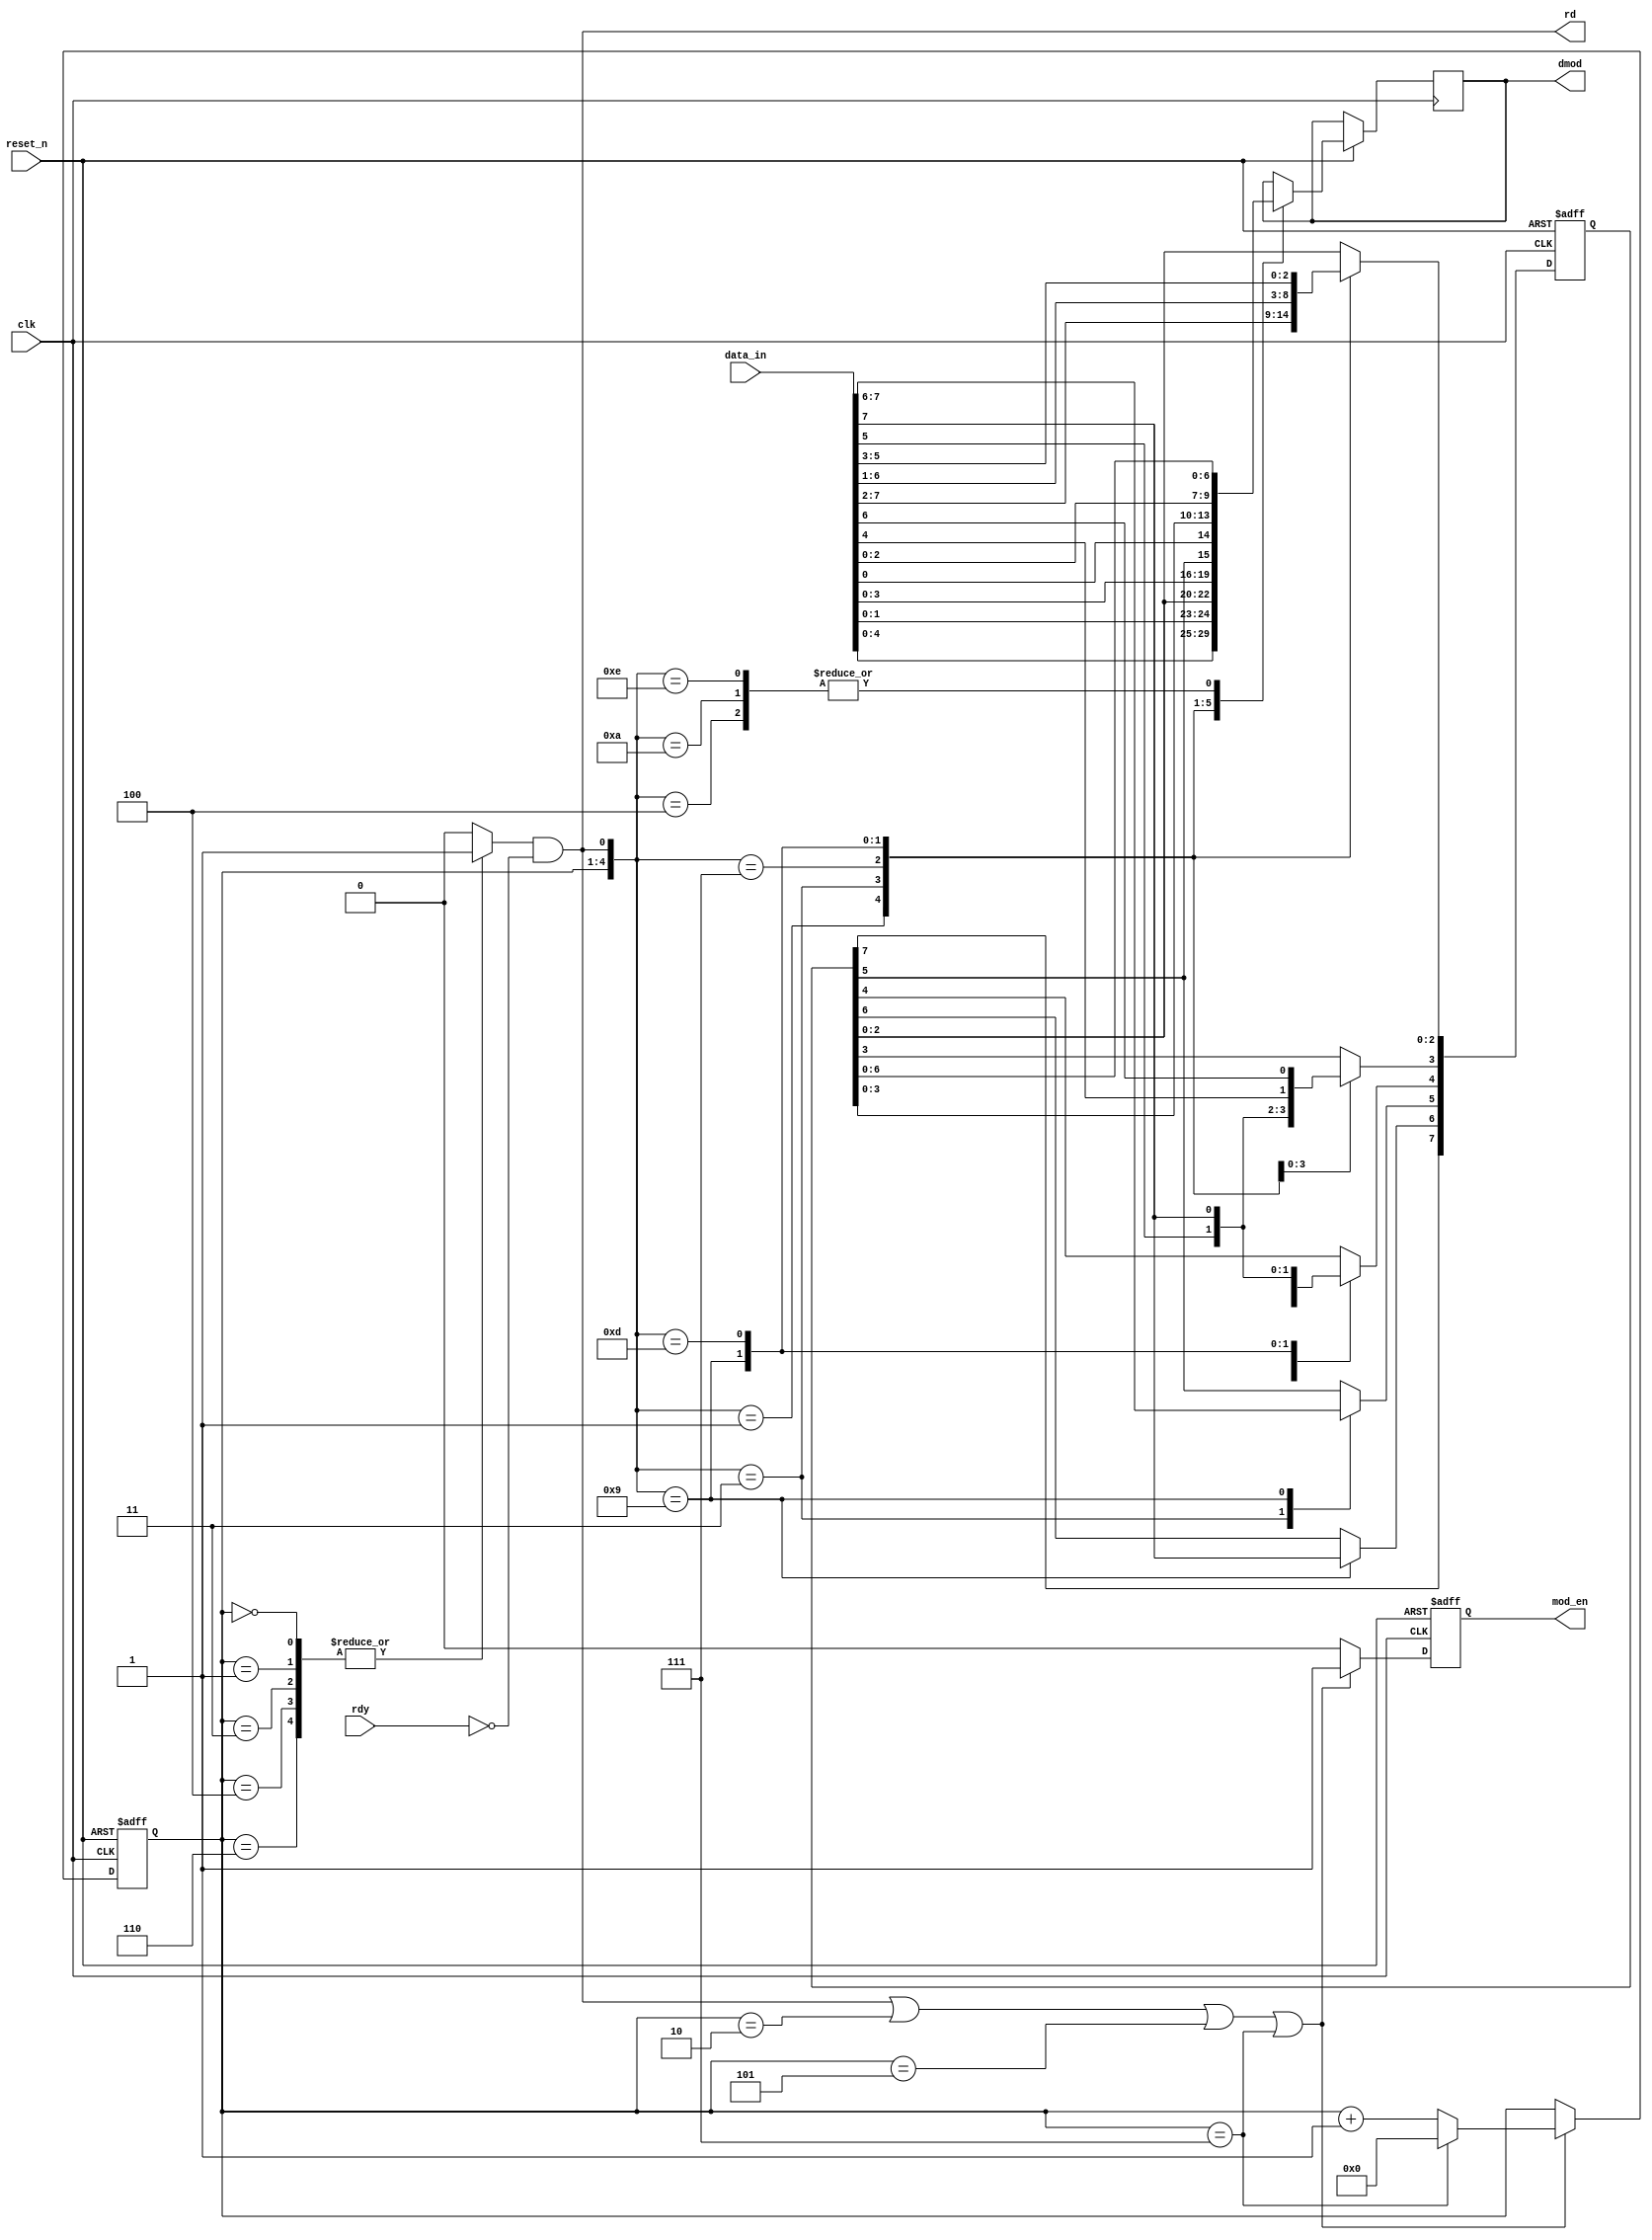
module data_mod (
    input   reset_n         ,
    input   clk             ,
    input   [7:0] data_in   ,
    input   rdy             ,
    output  rd              ,
    output  reg [4:0] dmod  ,
    output  reg mod_en  
);
    reg [7:0] data_tem ;
    reg state_read_ok ;
    assign rd = state_read_ok & ~ rdy ;
    reg [3:0] state ;
    always @(posedge clk or negedge reset_n) begin
        if(~reset_n)
            state <= 4'b0 ; 
        else if(rd || state == 2 || state == 5 || state == 7)
            if(state == 4'd7)
                state <= 4'b0 ;
            else
                state <= state + 1'b1;    
    end
    always @(*) begin
        case(state)
            0, 1, 3, 4, 6 : state_read_ok = 1'b1;
            default: state_read_ok = 1'b0;
        endcase
    end
    always @(posedge clk or negedge reset_n) begin
        if(~reset_n)
            data_tem <= 'b0;
        else case({state , rd})
            {4'd0 , 1'b1} : begin   
                                    data_tem[2:0] <= data_in[7:5];
                                    dmod     <= data_in[4:0] ;   
                                end
            {4'd1 , 1'b1} : begin 
                                    data_tem[5:0] <= data_in[7:2];
                                    dmod     <= {data_in[1:0],data_tem[2:0]} ;   
                                end
            {4'd2 , 1'b0} : dmod     <= data_tem[4:0] ;
            {4'd3 , 1'b1} : begin 
                                    data_tem[3:0] <= data_in[7:4];
                                    dmod     <= {data_in[3:0],data_tem[5]} ; 
                                end
            {4'd4 , 1'b1} : begin 
                                    data_tem[6:0] <= data_in[7:1] ;
                                    dmod     <= {data_in[0],data_tem[3:0]} ; 
                                end
            {4'd5 , 1'b0} : dmod     <= data_tem[4:0] ;
            {4'd6 , 1'b1} : begin 
                                    data_tem[4:0] <= data_in[7:3] ;
                                    dmod     <= {data_in[2:0],data_tem[6:5]} ;   
                                end
            {4'd7 , 1'b0} : dmod     <= data_tem[4:0] ;  
        endcase
    end
    always @(posedge clk or negedge reset_n) begin
        if(~reset_n)
            mod_en <= 1'b0 ;
        else if(rd || state == 2 || state == 5 || state == 7)
            mod_en <= 1'b1 ;
        else 
            mod_en <= 1'b0 ;      
    end
endmodule